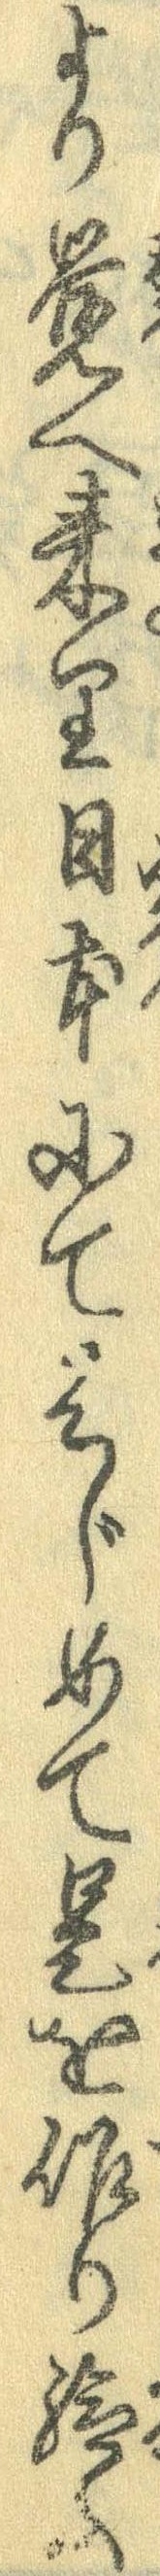
より覚へ来り日本にてはじめて是を作り給ふ